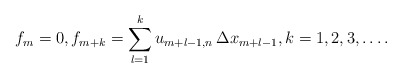
\begin{align*}f_m=0,f_{m+k} = \sum_{l=1}^{k} u_{m+l-1,n}\, \Delta x_{m+l-1},k=1, 2, 3, \ldots.\end{align*}